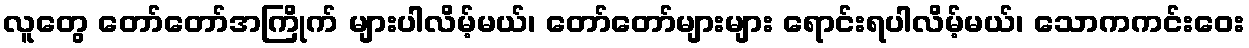
လူတွေ တော်တော်အကြိုက် များပါလိမ့်မယ်၊ တော်တော်များများ ရောင်းရပါလိမ့်မယ်၊ သောကကင်းဝေး